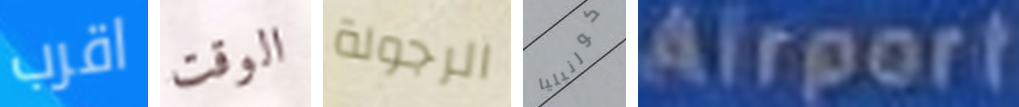
اقرب الوقت الرجولة كورنيليا Airport